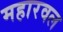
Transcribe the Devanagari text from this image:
महारवल